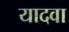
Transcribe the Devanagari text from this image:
यादवा